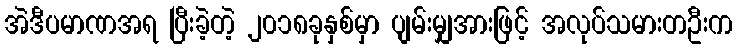
အဲဒီပမာဏအရ ပြီးခဲ့တဲ့ ၂၀၁၈ခုနှစ်မှာ ပျမ်းမျှအားဖြင့် အလုပ်သမားတဦးက